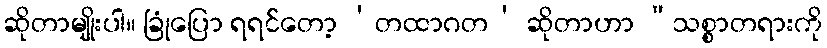
ဆိုတာမျိုးပါ။ ခြုံပြော ရရင်တော့ ‘တထာဂတ’ ဆိုတာဟာ “သစ္စာတရားကို